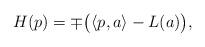
LaTeX: \begin{align*} H (p) = \mp \bigl( \langle p , a \rangle - L (a) \bigr) , \end{align*}